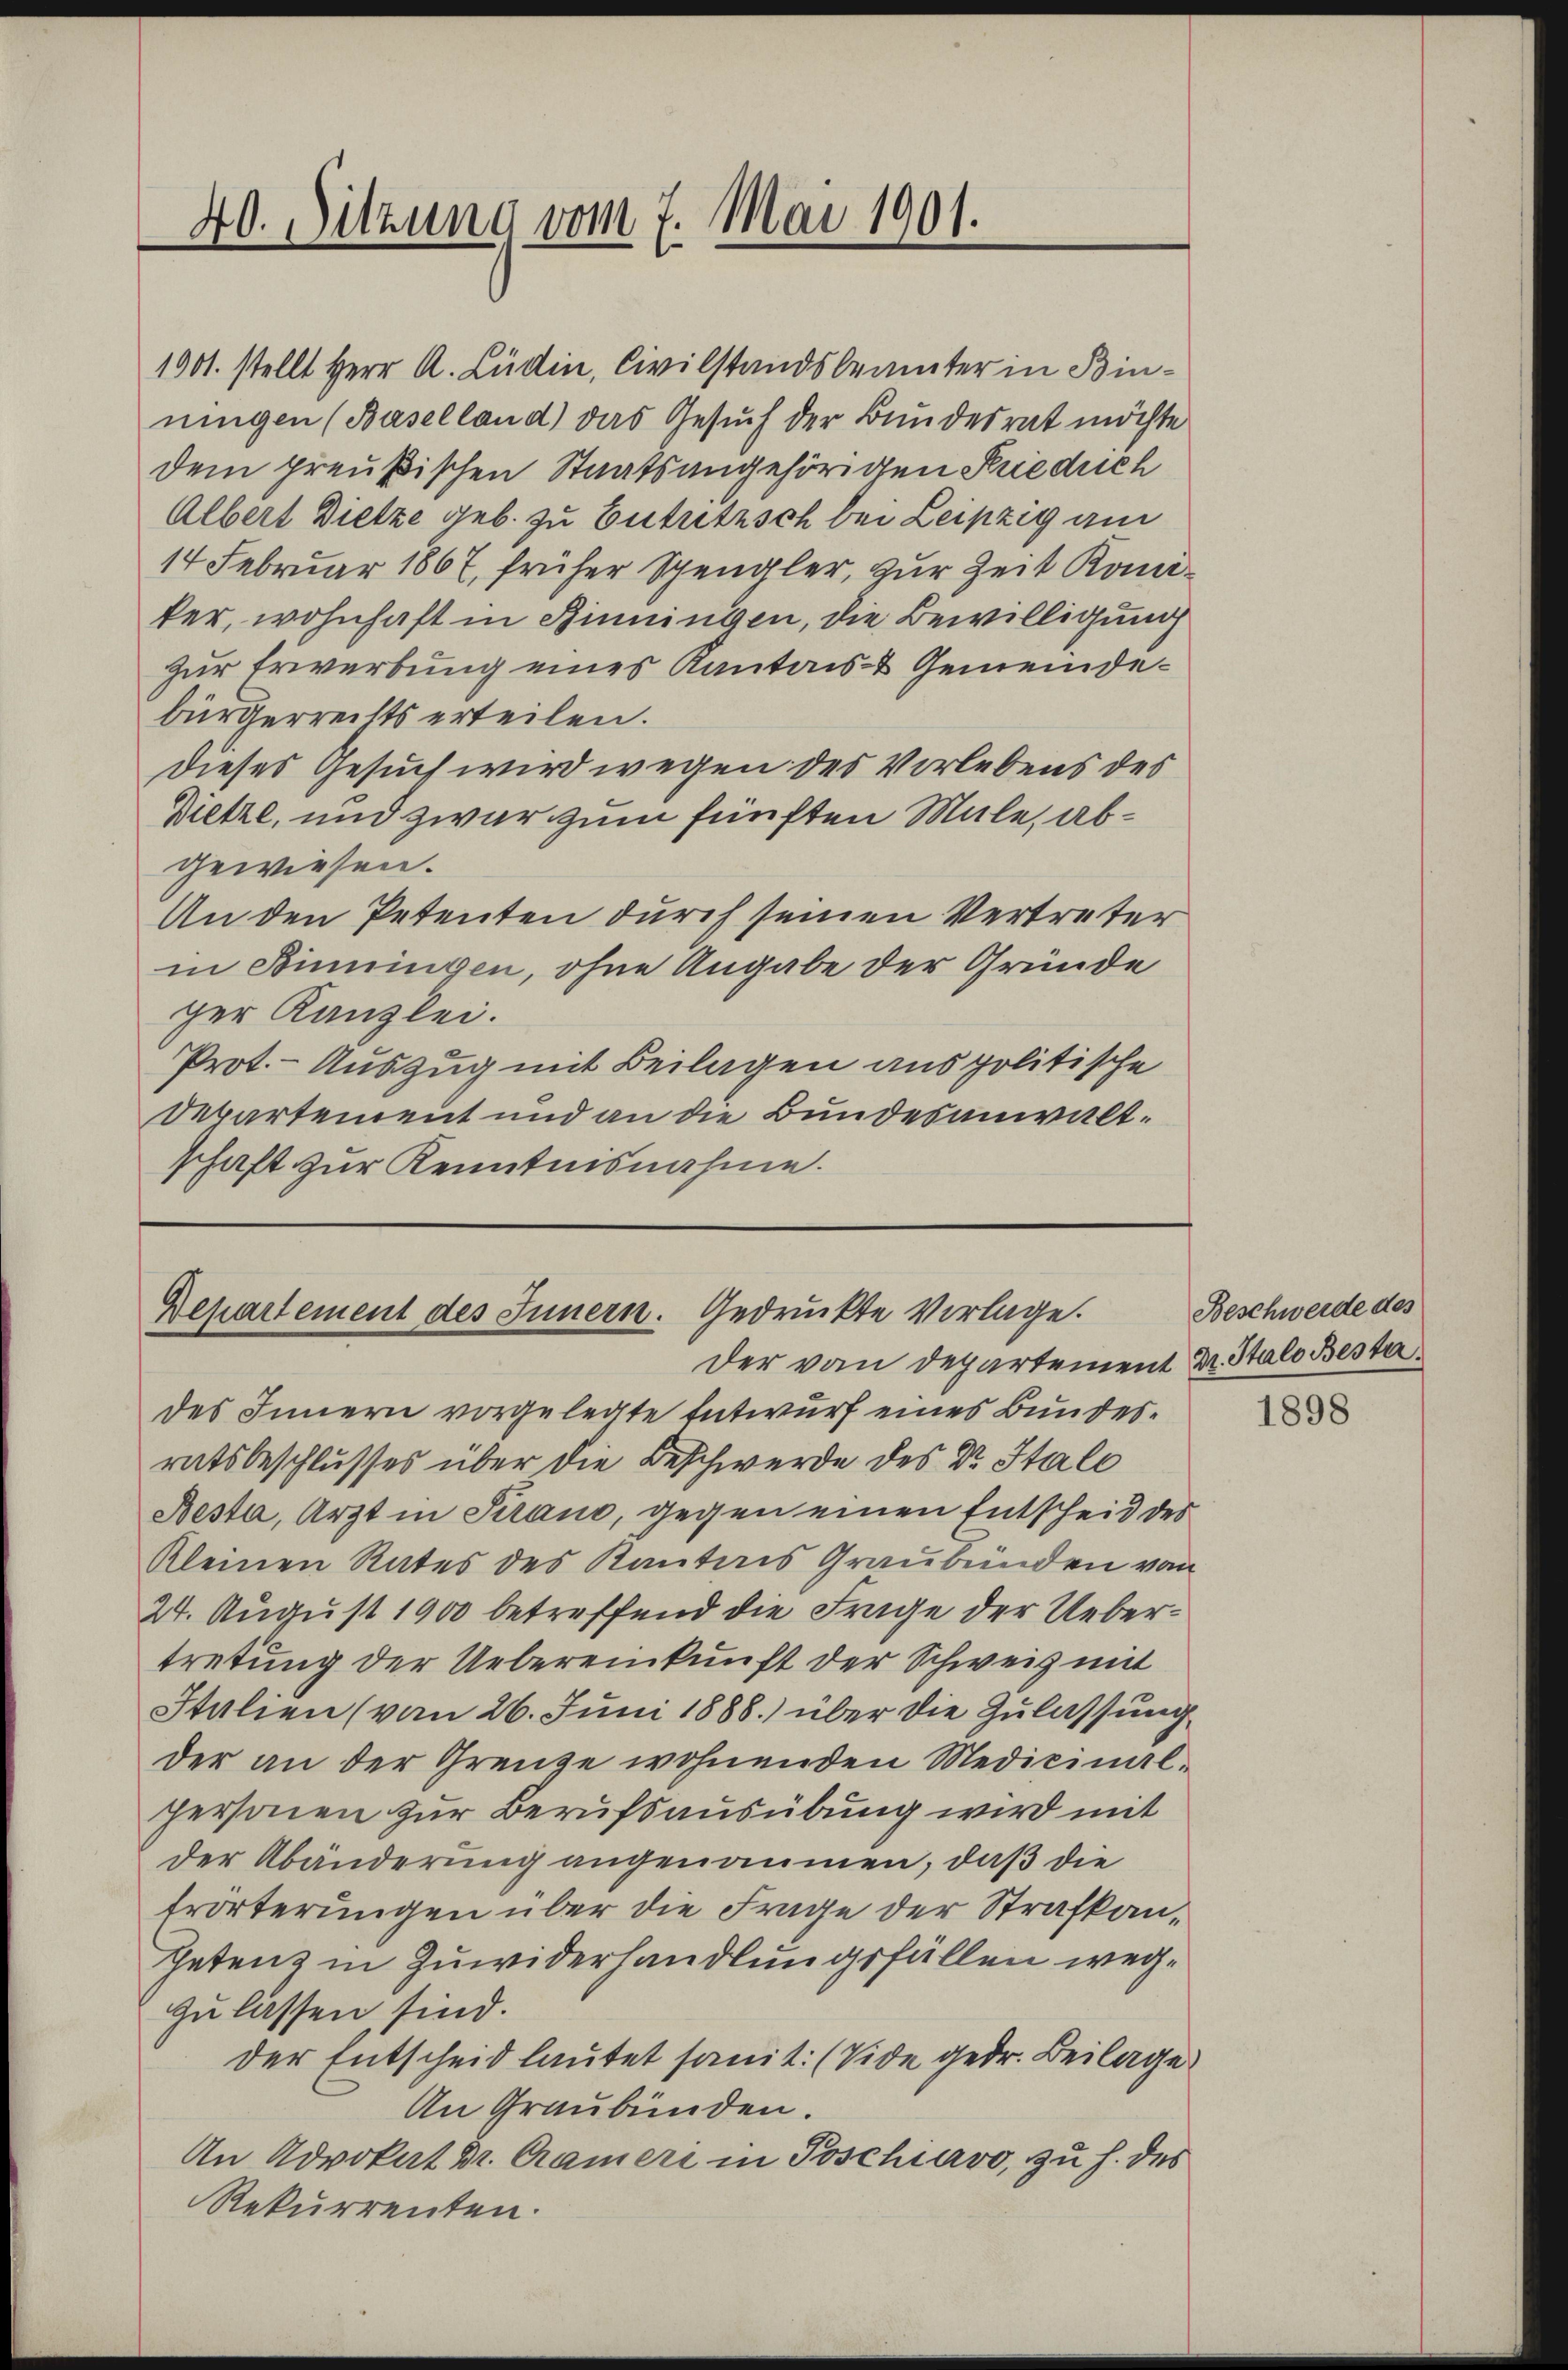
40. Sitzung vom 7. Mai 1901.

1901 stellt Herr A. Lüdin, Civilstandsbeamter in Binningen (Baselland) das Gesuch der Bundesrat möchte
dem preußischen Staatsangehörigen Frieduch
Albert Dietze geb. zu Entritzsch bei Leipzig am
14 Februar 1867, früher Spengler, zur Zeit Komiker, wohnhaft in Rinningen, die Bewilligung
zur Erwerbung eines Kantons- & Gemeindebürgerreits erteilen.
Dieses Gesuch wird wegen des Vorlebens des
Dietze, und zwar zum fünften Male, abgewiesen.
An den Petenten durch seinen Vertreter
in Binningen, ohne Angabe der Grunde
ger Kanzlei.
Prot. - Auszug mit Beilagen aus politische
Departement und an die Bundesanwaltschaft zur Kenntnisnahme.

Departement des Innern. Gedruckte Vorlage.

der vom Departement M. Stalo Besta
des Innern vorgelegte Entwurf eines Bundesratsbeschlusses über die Beschwerde des Dr. Itali
Besta, Arzt in Strano, gegen einen Entscheid des
Kleinen Rates des Kantons Graubünden von
24. August 1900 betreffend die Frage der Uebertretung der Uebereinkunft der Schweiz mit
Italien (vom 26. Juni 1888.) über die Zulassung
der an der Grenze wohnenden Medicinal-
personen zur Berufsausübung wird mit
der Abänderung angenommen, daß die
frörterungen über die Frage der Strafkanpetenz in Zuwiderhandlungsfällen wegzu lassen sind.
der Entscheid lautet sant. (Vide gedr. Beilage
An Graubünden.
An Advokat Dr. Crameri in Poschiavo, zu h. des
Rekurrenten.

Beschwerde des

1898